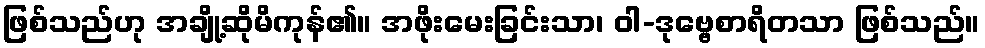
ဖြစ်သည်ဟု အချို့ဆိုမိကုန်၏။ အဖိုးမေးခြင်းသာ၊ ဝါ-ဒုဗ္ဗေစာရိတသာ ဖြစ်သည်။